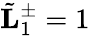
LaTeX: \tilde{\mathbf L}_{1}^{\pm}=1